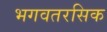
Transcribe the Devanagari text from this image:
भगवतरसिक